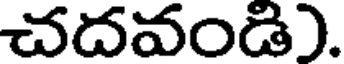
చదవండి).